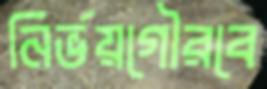
নির্ভয়গৌরবে